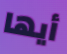
أيها